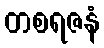
တစရဇနံ